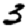
Digit: 3